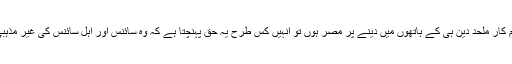
اگر اہل مذہب سائنس کی زمامِ کار ملحدِ دین ہی کے ہاتھوں میں دینے پر مصر ہوں تو انہیں کس طرح یہ حق پہنچتا ہے کہ وہ سائنس اور اہل سائنس کی غیر مذہبی اخلاقیات کی شکایت کریں!